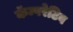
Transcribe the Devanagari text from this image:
कॅम्परेटिव